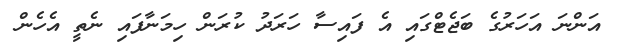
އަންނަ އަހަރުގެ ބަޖެޓްގައި އެ ފައިސާ ހަރަދު ކުރަން ހިމަނާފައި ނެތީ އެހެން